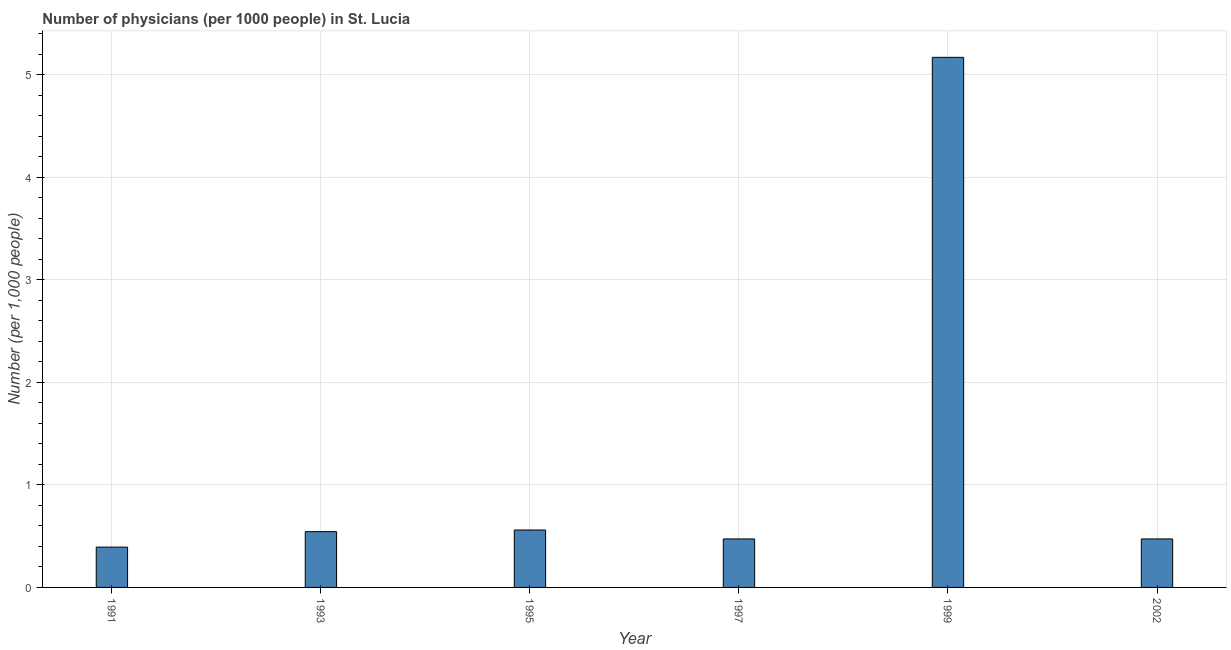
| Year | Physicians |
 | --- | --- |
 | 1991 | 0.393 |
 | 1993 | 0.544 |
 | 1995 | 0.56 |
 | 1997 | 0.473 |
 | 1999 | 5.17 |
 | 2002 | 0.473 |